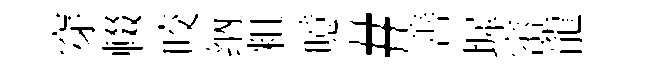
穿輟咬纳粗噫#善墀崈龍